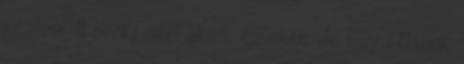
jutalma. „ senki sem akart ezüstöt, de úgy féltünk